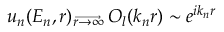
u _ { n } ( E _ { n } , r ) _ { \overrightarrow { \small { r \rightarrow \infty } } } \, O _ { l } ( k _ { n } r ) \sim e ^ { i k _ { n } r }